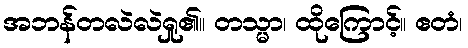
အဘန်တလဲလဲရှု၏။ တသ္မာ၊ ထိုကြောင့်။ ဧတံ၊